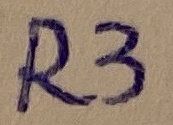
Text: R3